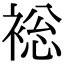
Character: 䙂